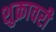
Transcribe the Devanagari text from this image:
शुक्रावरी